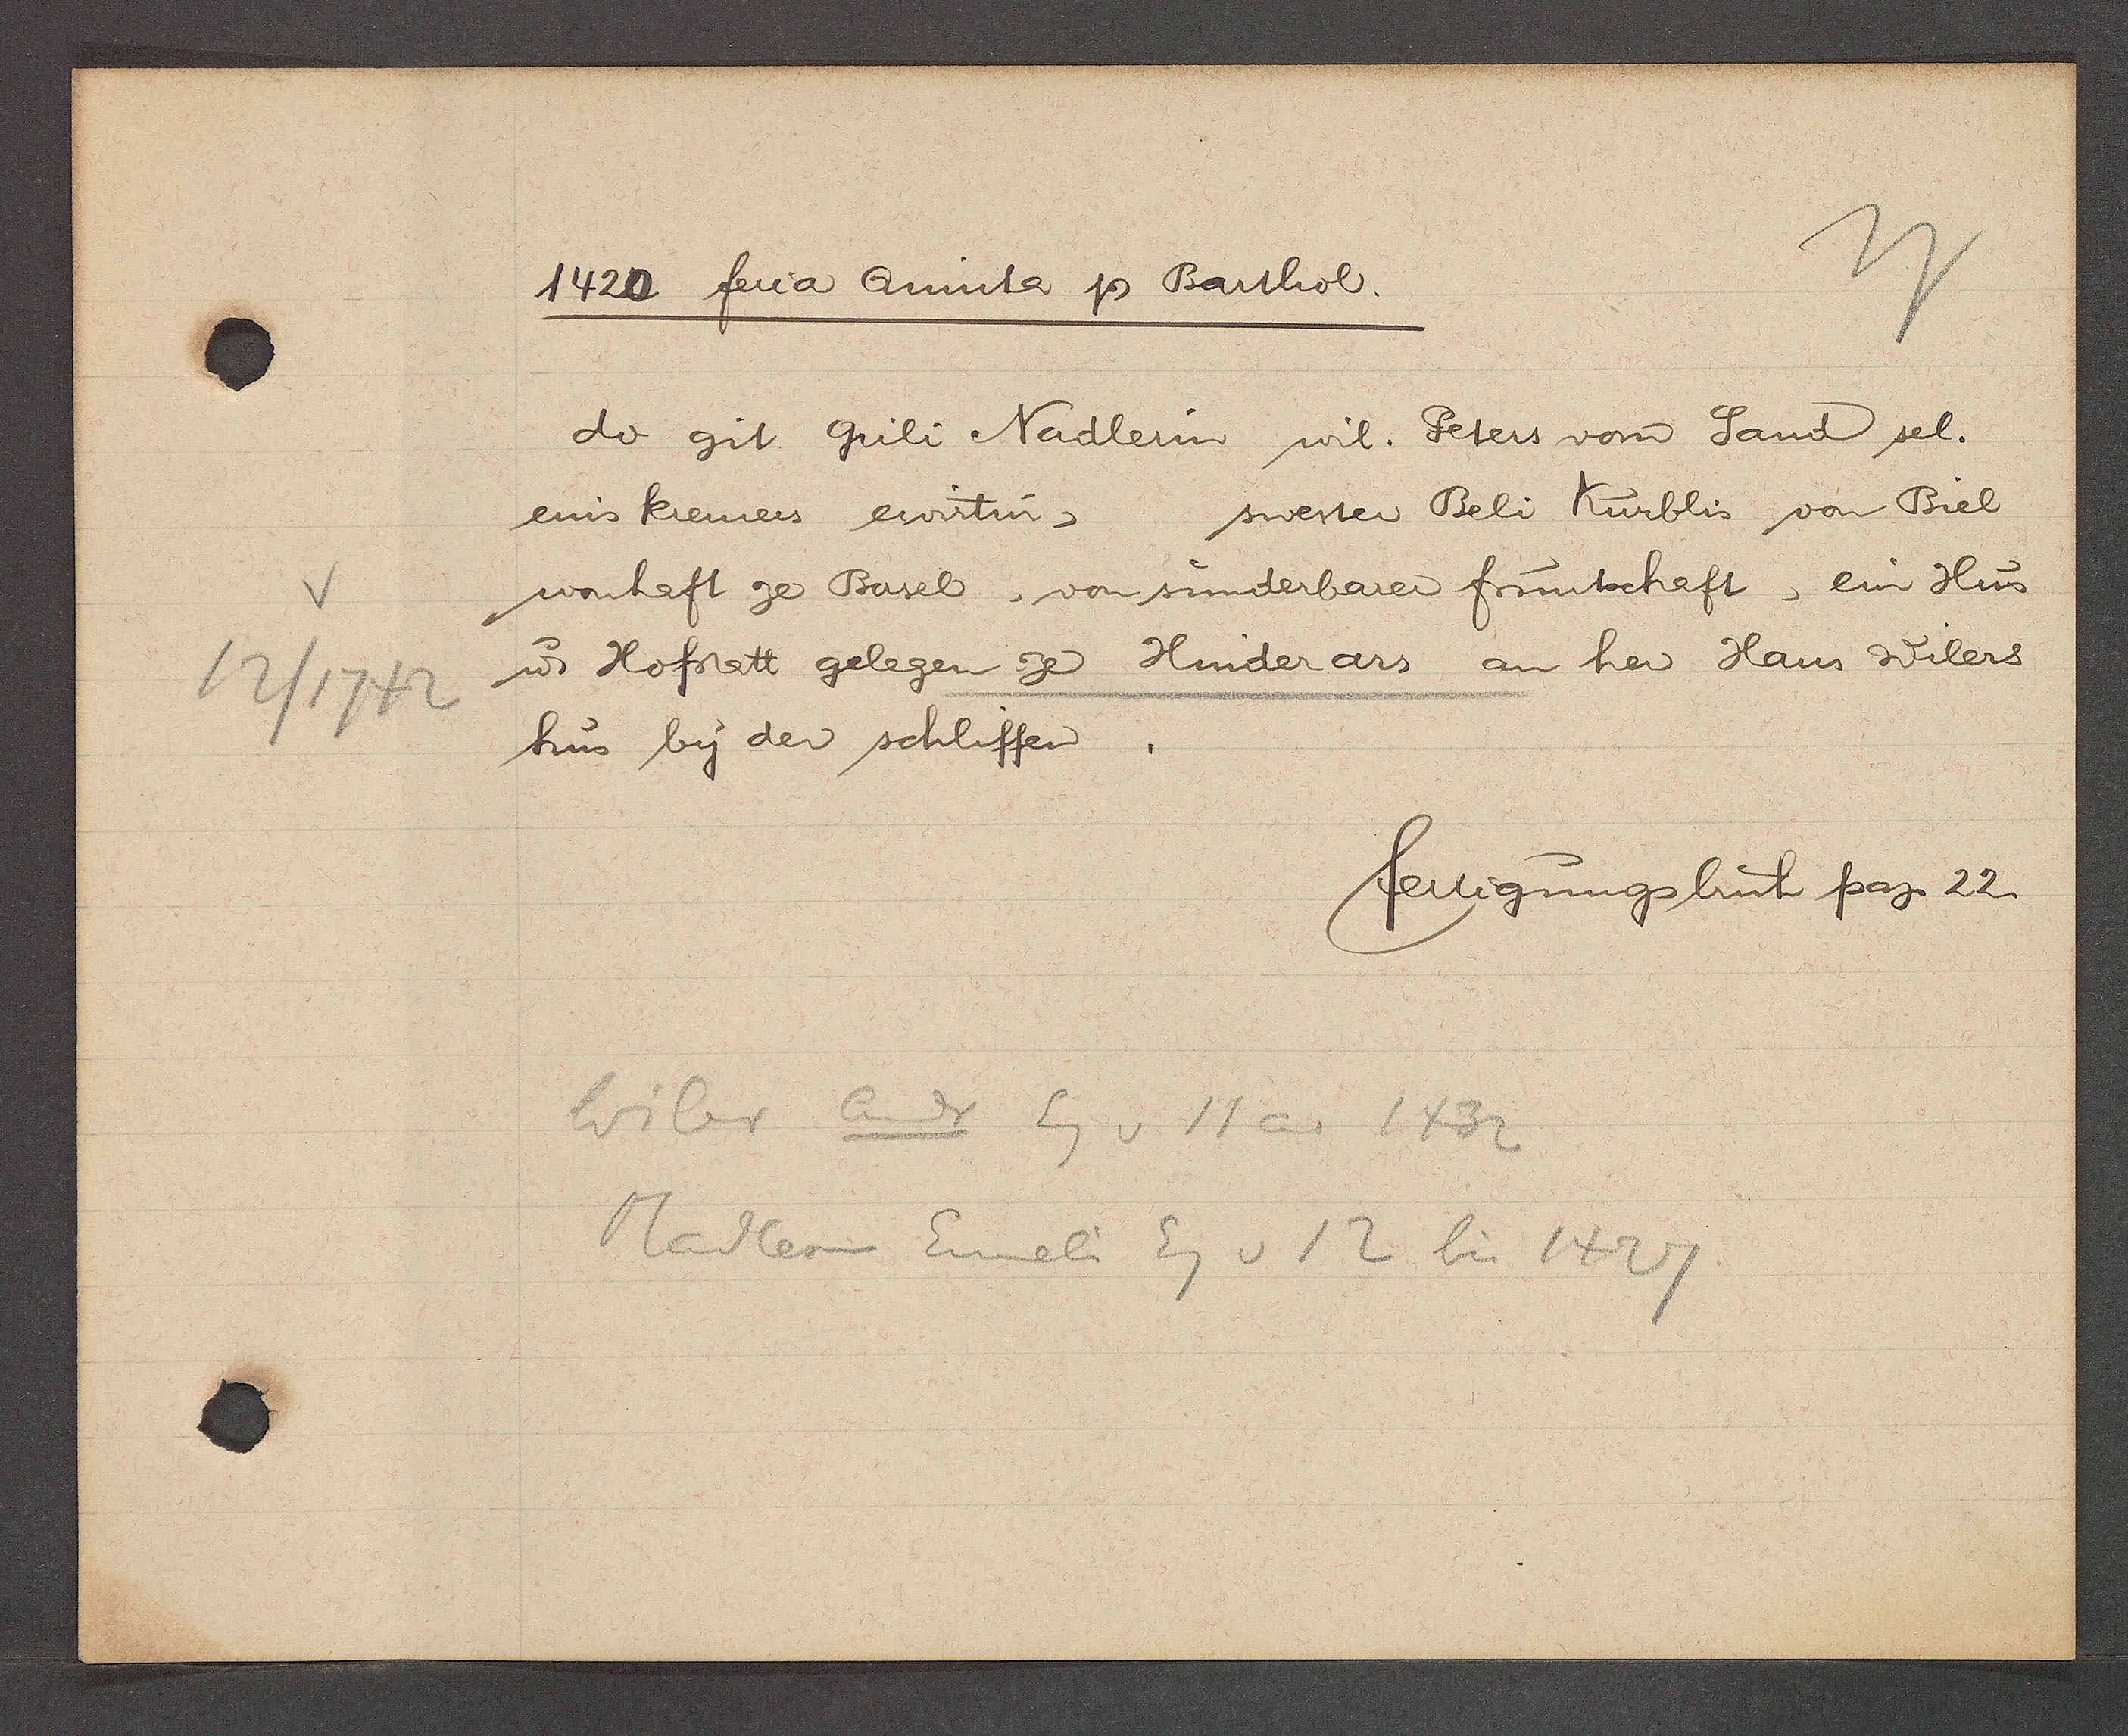
Transcript:
12/1742

1420 feria Quinta Ƿ Barthol.

do git gili Nadlerin wil. Peters von Sand sel.
eins kremers ewirtin, swester Beli Kürblis von Biel
wonhaft ze Basel, von sunderbarer fruntschaft, ein Hus
u Hofstatt gelegen ze Hinderars an her Haus Wilers
hus by der schliffen

Wiler Andr Eg v 11 ao 1432
Nadlerin Emeli Eg v 12 bis 1427

fertigungsbuch pag. 22.